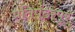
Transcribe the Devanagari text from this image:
प्रतिपंढरपूर